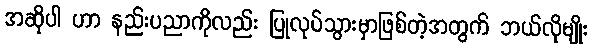
အဆိုပါ ဟာ နည်းပညာကိုလည်း ပြုလုပ်သွားမှာဖြစ်တဲ့အတွက် ဘယ်လိုမျိုး